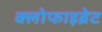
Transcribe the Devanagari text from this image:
क्लोफाइब्रेट